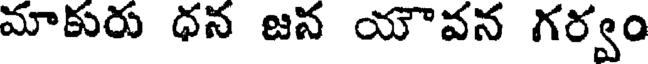
మాకురు ధన జన యౌవన గర్వం